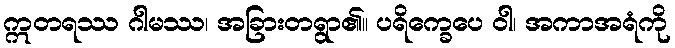
ဣတရဿ ဂါမဿ၊ အခြားတရွာ၏။ ပရိက္ခေပေ ဝါ၊ အကာအရံကို